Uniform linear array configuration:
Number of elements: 12
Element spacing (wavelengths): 0.25
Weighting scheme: hann
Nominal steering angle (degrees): -30
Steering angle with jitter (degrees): -28.443
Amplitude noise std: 0.05
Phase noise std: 0.05

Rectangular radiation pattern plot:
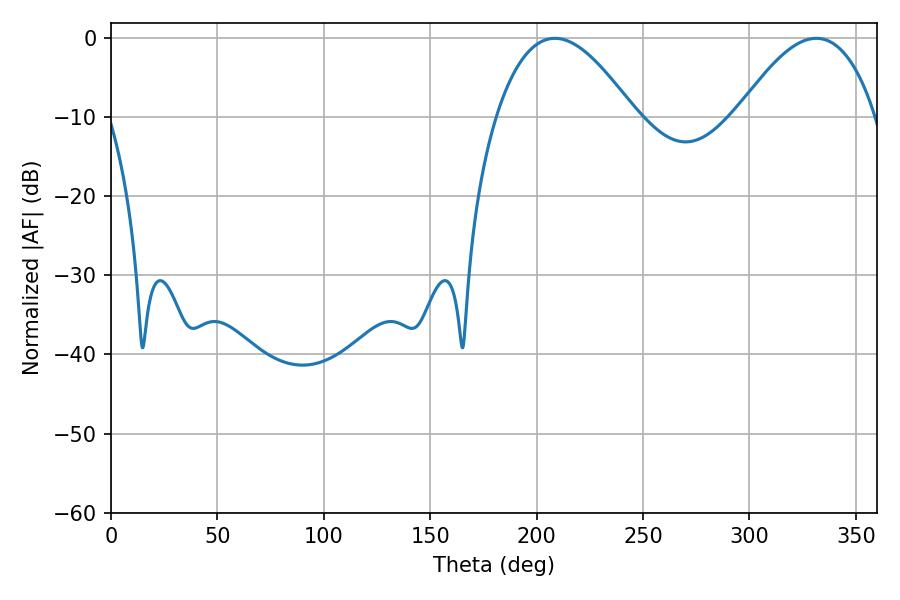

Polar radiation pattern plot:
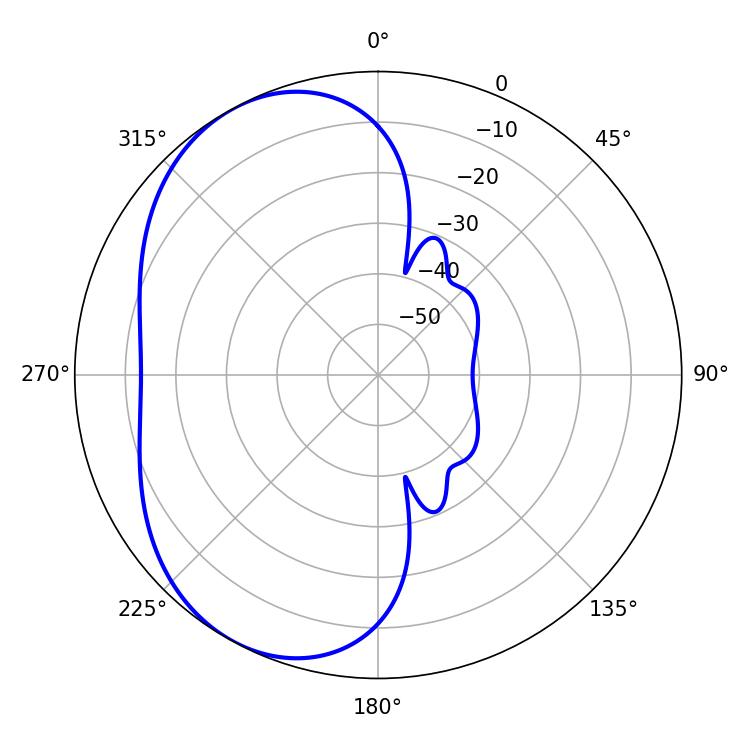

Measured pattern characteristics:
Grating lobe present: FALSE
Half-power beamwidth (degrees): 35.64
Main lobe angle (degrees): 208.62